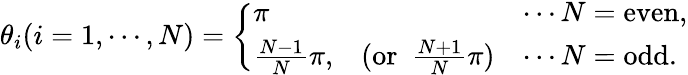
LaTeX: \theta_{i}(i=1,\cdots,N)=\left\{ \begin{array}{lcl}{{\pi}}&{{}}&{{\cdots N=\mathrm{even},}}\\ {{{\frac{N-1}{N}}\pi,}}&{{(\mathrm{or}~~{\frac{N+1}{N}}\pi)}}&{{\cdots N=\mathrm{odd}.}}\end{array}\right.